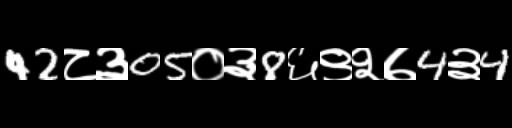
Text: 42८३05०३8६९२७4३4